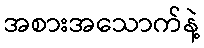
အစားအသောက်နဲ့